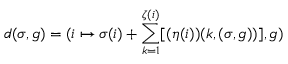
d ( \sigma , g ) = ( i \mapsto \sigma ( i ) + \sum _ { k = 1 } ^ { \zeta ( i ) } [ ( \eta ( i ) ) ( k , ( \sigma , g ) ) ] , g )